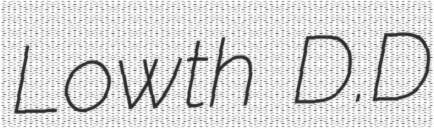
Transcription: Lowth D.D